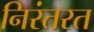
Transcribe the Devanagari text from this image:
निरंतरत